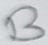
Text: B